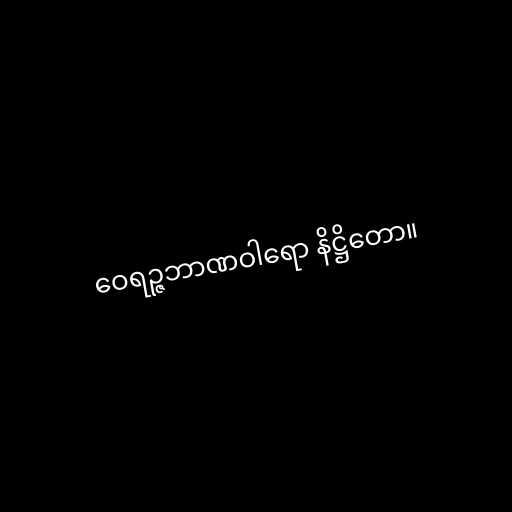
ဝေရဉ္ဇဘာဏဝါရော နိဋ္ဌိတော။